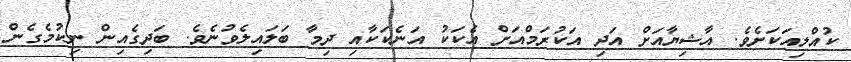
ކުއްލިއަކަށެވެ. އާޝިޔާއަށް އަދި އަކުރަމްއަށް އެކަކު އަނެކަކާއި ދިމާ ބަލައިލެވުނެވެ. ބަދިގެއިން ނިކުމެގެން